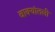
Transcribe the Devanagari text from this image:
वाक्यांतली